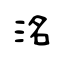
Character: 洺